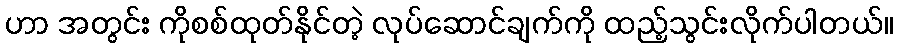
ဟာ အတွင်း ကိုစစ်ထုတ်နိုင်တဲ့ လုပ်ဆောင်ချက်ကို ထည့်သွင်းလိုက်ပါတယ်။